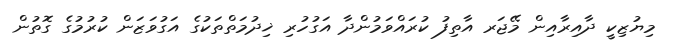
މިޔުޒިކީ ދާއިރާއިން މޭޖަރ އާތިފު ކުރައްވަމުންދާ އަގުހުރި ޚިދުމަތްތަކުގެ އަގުވަޒަން ކުރުމުގެ ގޮތުން